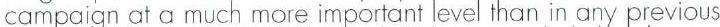
campaign at a much more important level than in any previous